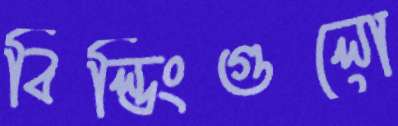
বিল্ডিংগুলো